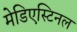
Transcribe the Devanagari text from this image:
मेडिएस्टिनल